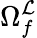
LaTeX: \Omega_{f}^{\mathcal{L}}